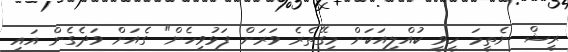
ރީޝް ނެތީމަ ހީވީ ކުއްލިއަކަށް މިގޭތެރެ ވަރަށް ފަޅުވިހެން" ގެއަށް ވަދެގެން އައި